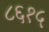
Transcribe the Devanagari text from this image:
८६१५